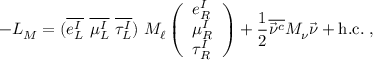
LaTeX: - { \cal L } _ { M } = ( \overline { { { e _ { L } ^ { I } } } } \ \overline { { { \mu _ { L } ^ { I } } } } \ \overline { { { \tau _ { L } ^ { I } } } } ) \ M _ { \ell } \left( \begin{array} { l } { { e _ { R } ^ { I } } } \\ { { \mu _ { R } ^ { I } } } \\ { { \tau _ { R } ^ { I } } } \end{array} \right) + \frac { 1 } { 2 } \overline { { { \vec { \nu } ^ { c } } } } M _ { \nu } \vec { \nu } + \mathrm { h . c . } \; ,